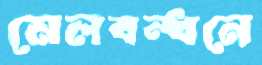
মেলবন্ধনে